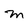
Character: m